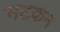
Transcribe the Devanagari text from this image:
भटकन